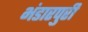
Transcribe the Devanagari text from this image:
भंडारपुरी